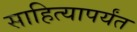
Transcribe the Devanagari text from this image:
साहित्यापर्यंत